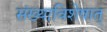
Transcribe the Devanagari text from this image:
संख्याविशेषात्